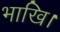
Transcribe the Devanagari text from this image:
भाखि।